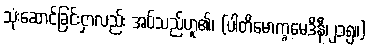
သုံးဆောင်ခြင်းငှာလည်း အပ်သည်ဟူ၏၊ (ပါတိမောက္ခမေဒိနီ၊၂၁၅။)